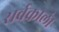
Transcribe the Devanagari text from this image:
सर्वकालं।